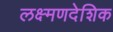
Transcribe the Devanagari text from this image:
लक्ष्मणदेशिक